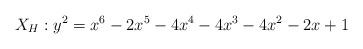
LaTeX: \begin{align*}X_H: y^2 = x^6 - 2x^5 - 4x^4 - 4x^3 - 4x^2 - 2x + 1\end{align*}